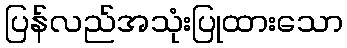
ပြန်လည်အသုံးပြုထားသော